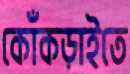
কোঁকড়াইতে